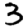
Digit: 3